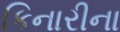
કિનારીના